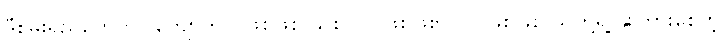
ဒီစွမ်းရည်တွေဟာ ကျောက်ပဲ ဖြစ်ဖြစ် သစ်ပင်ပဲဖြစ်ဖြစ်၊ လူပဲဖြစ်ဖြစ် သူတို့ရဲ့ နိုးကြားစေတဲ့